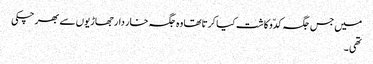
میں جس جگہ کدّو کاشت کیا کرتاتھا وہ جگہ خار دار جھاڑیوں سے بھر چکی
تھی ۔